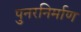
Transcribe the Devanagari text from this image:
पुनरनिर्माण